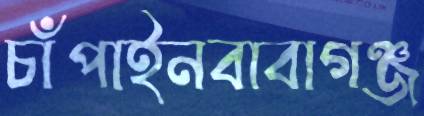
চাঁপাইনবাবাগঞ্জ